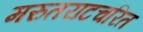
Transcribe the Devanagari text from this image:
मरुतराटचरित